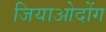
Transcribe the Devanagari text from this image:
जियाओदोंग